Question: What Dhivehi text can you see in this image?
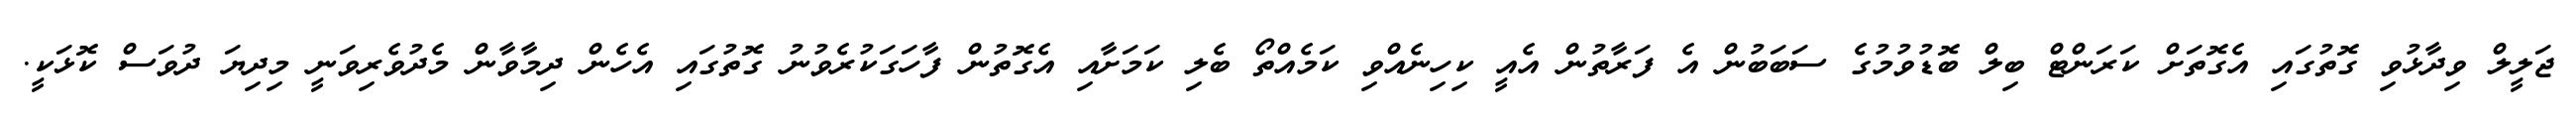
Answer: ޖަލީލް ވިދާޅުވި ގޮތުގައި އެގޮތަށް ކަރަންޓް ބިލް ބޮޑުވުމުގެ ސަބަބުން އެ ފަރާތުން އެއީ ކިހިނެއްވި ކަމެއްތޯ ބެލި ކަމަށާއި އެގޮތުން ފާހަގަކުރެވުނު ގޮތުގައި އެހެން ދިމާވާން މެދުވެރިވަނީ މިދިޔަ ދުވަސް ކޮޅަކީ.